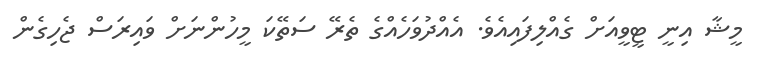
މީޝާ އިނީ ޓީވީއަށް ގެއްލިފައިއެވެ. އެއްދުވަހެއްގެ ތެރޭ ސަތޭކަ މީހުންނަށް ވައިރަސް ޖެހިގެން